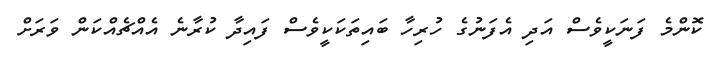
ކޮންމެ ފަނަކީވެސް އަދި އެފަނުގެ ހުރިހާ ބައިތަކަކީވެސް ފައިދާ ކުރާނެ އެއްޗެއްކަން ވަރަށް